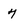
Character: 7